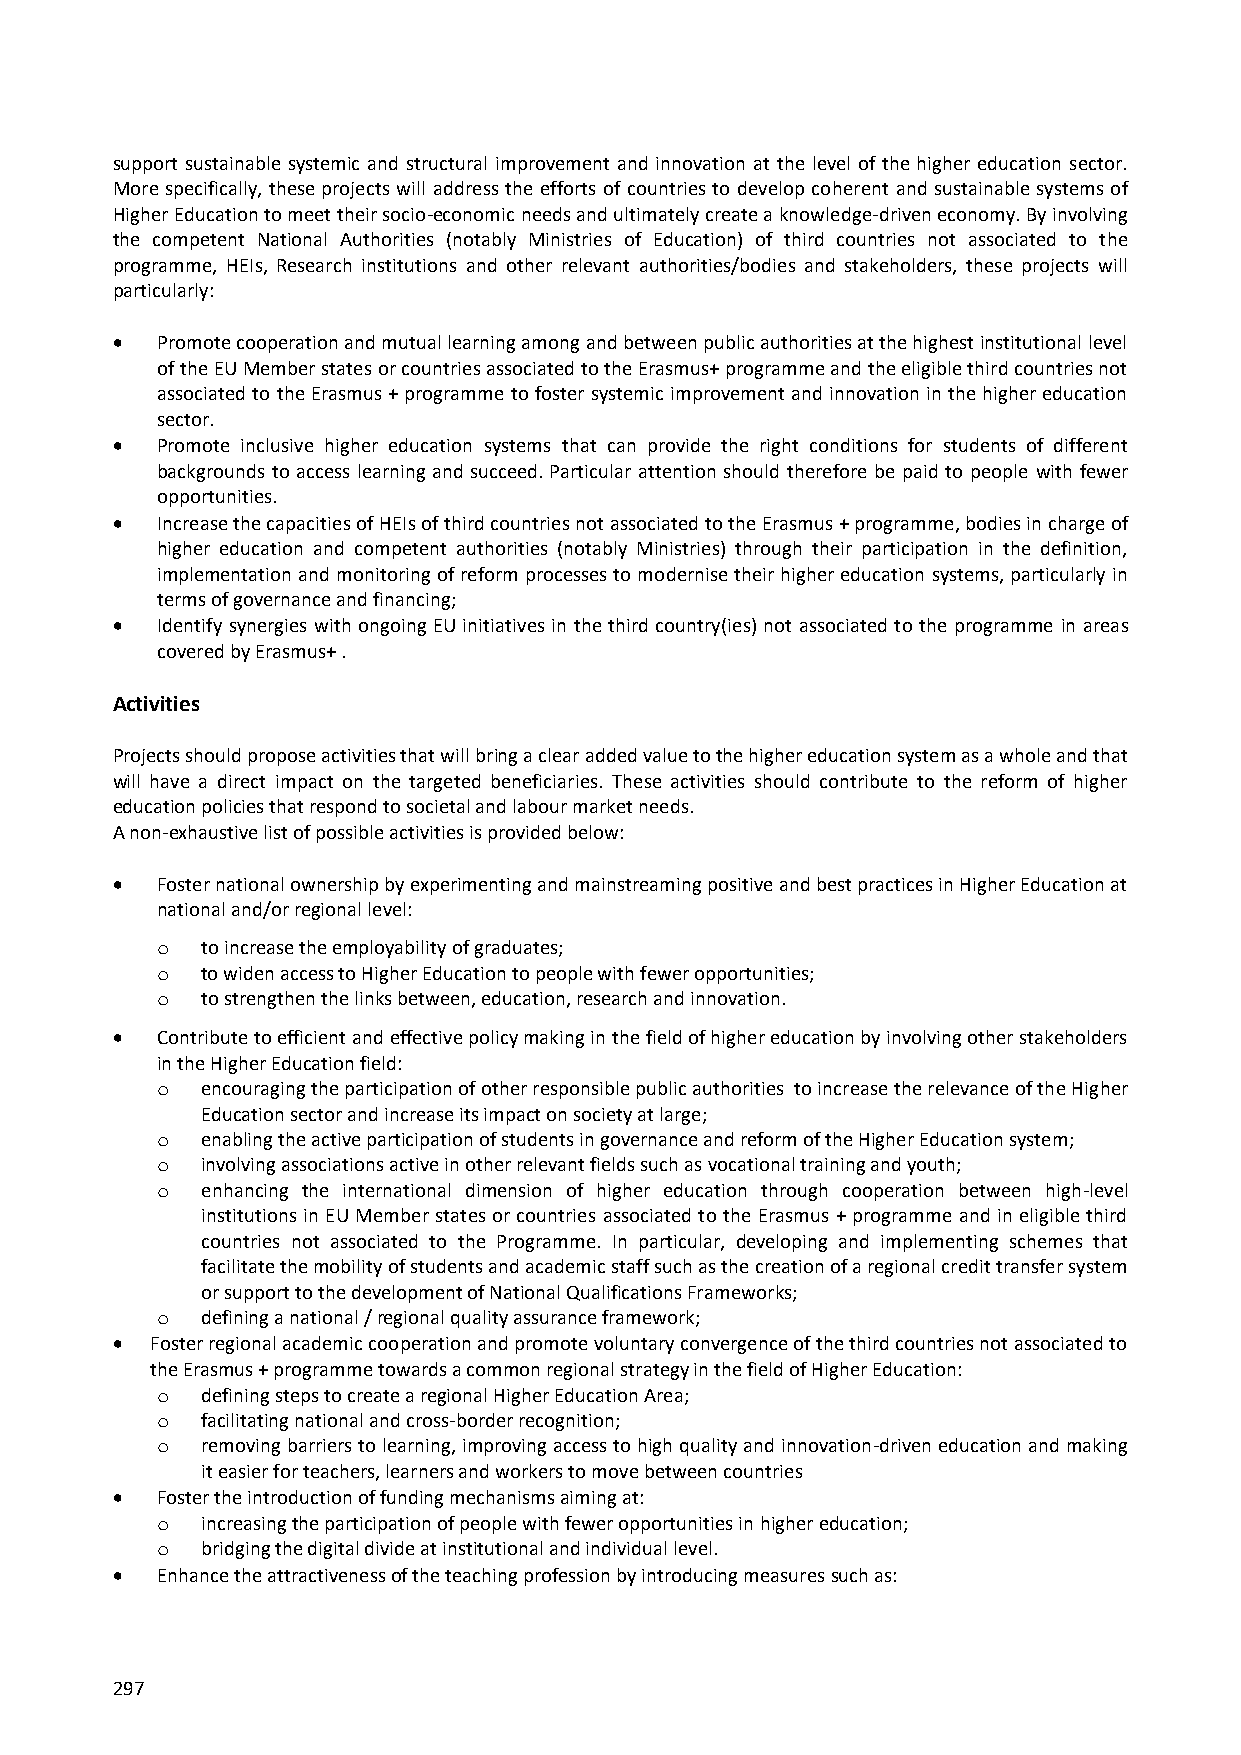
support sustainable systemic and structural improvement and innovation at the level of the higher education sector.
 More specifically, these projects will address the efforts of countries to develop coherent and sustainable systems of
 Higher Education to meet their socio-economic needs and ultimately create a knowledge-driven economy. By involving
 the competent National Authorities (notably Ministries of Education) of third countries not associated to the
 programme, HEIs, Research institutions and other relevant authorities/bodies and stakeholders, these projects will
 particularly:
   Promote cooperation and mutual learning among and between public authorities at the highest institutional level
 of the EU Member states or countries associated to the Erasmus+ programme and the eligible third countries not
 associated to the Erasmus + programme to foster systemic improvement and innovation in the higher education
 sector.
   Promote inclusive higher education systems that can provide the right conditions for students of different
 backgrounds to access learning and succeed. Particular attention should therefore be paid to people with fewer
 opportunities.
   Increase the capacities of HEIs of third countries not associated to the Erasmus + programme, bodies in charge of
 higher education and competent authorities (notably Ministries) through their participation in the definition,
 implementation and monitoring of reform processes to modernise their higher education systems, particularly in
 terms of governance and financing;
   Identify synergies with ongoing EU initiatives in the third country(ies) not associated to the programme in areas
 covered by Erasmus+ .
 Activities
 Projects should propose activities that will bring a clear added value to the higher education system as a whole and that
 will have a direct impact on the targeted beneficiaries. These activities should contribute to the reform of higher
 education policies that respond to societal and labour market needs.
 A non-exhaustive list of possible activities is provided below:
   Foster national ownership by experimenting and mainstreaming positive and best practices in Higher Education at
 national and/or regional level:
 o  to increase the employability of graduates;
 o  to widen access to Higher Education to people with fewer opportunities;
 o  to strengthen the links between, education, research and innovation.
   Contribute to efficient and effective policy making in the field of higher education by involving other stakeholders
 in the Higher Education field:
 o  encouraging the participation of other responsible public authorities to increase the relevance of the Higher
 Education sector and increase its impact on society at large;
 o  enabling the active participation of students in governance and reform of the Higher Education system;
 o  involving associations active in other relevant fields such as vocational training and youth;
 o  enhancing the international dimension of higher education through cooperation between high-level
 institutions in EU Member states or countries associated to the Erasmus + programme and in eligible third
 countries not associated to the Programme. In particular, developing and implementing schemes that
 facilitate the mobility of students and academic staff such as the creation of a regional credit transfer system
 or support to the development of National Qualifications Frameworks;
 o  defining a national / regional quality assurance framework;
   Foster regional academic cooperation and promote voluntary convergence of the third countries not associated to
 the Erasmus + programme towards a common regional strategy in the field of Higher Education:
 o  defining steps to create a regional Higher Education Area;
 o  facilitating national and cross-border recognition;
 o  removing barriers to learning, improving access to high quality and innovation-driven education and making
 it easier for teachers, learners and workers to move between countries
   Foster the introduction of funding mechanisms aiming at:
 o  increasing the participation of people with fewer opportunities in higher education;
 o  bridging the digital divide at institutional and individual level.
   Enhance the attractiveness of the teaching profession by introducing measures such as:
 297